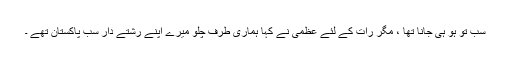
سب تو ہو ہی جانا تھا ، مگر رات کے لئے عظمی نے کہا ہماری طرف چلو میرے اپنے رشتے دار سب پاکستان تھے ۔